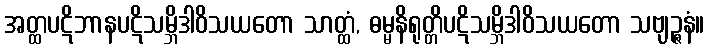
အတ္ထပဋိဘာနပဋိသမ္ဘိဒါဝိသယတော သာတ္ထံ, ဓမ္မနိရုတ္တိပဋိသမ္ဘိဒါဝိသယတော သဗျဉ္ဇနံ။